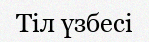
Тіл үзбесі